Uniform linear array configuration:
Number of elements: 48
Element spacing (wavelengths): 0.25
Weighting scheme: kaiser
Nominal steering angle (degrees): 30
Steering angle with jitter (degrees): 31.376
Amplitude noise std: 0.05
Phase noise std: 0.05

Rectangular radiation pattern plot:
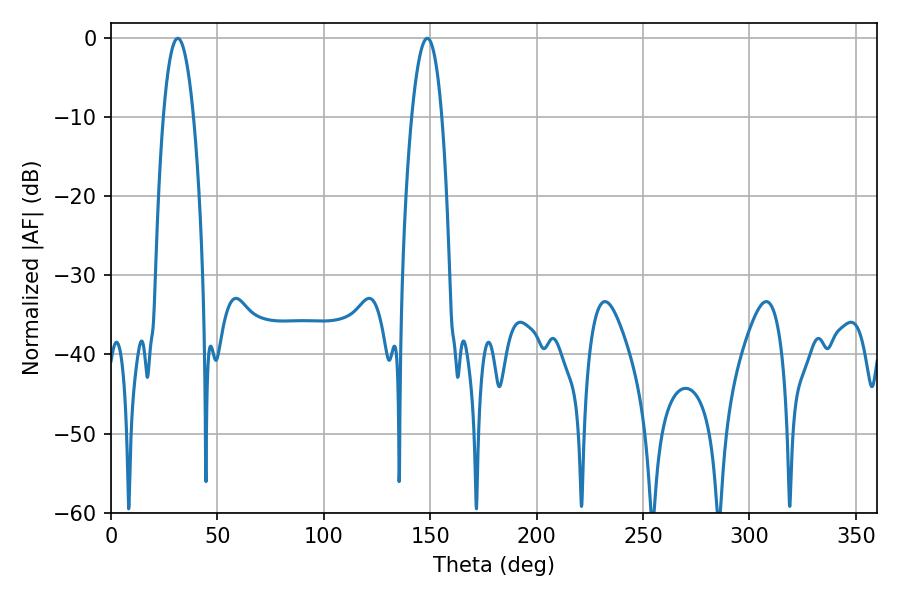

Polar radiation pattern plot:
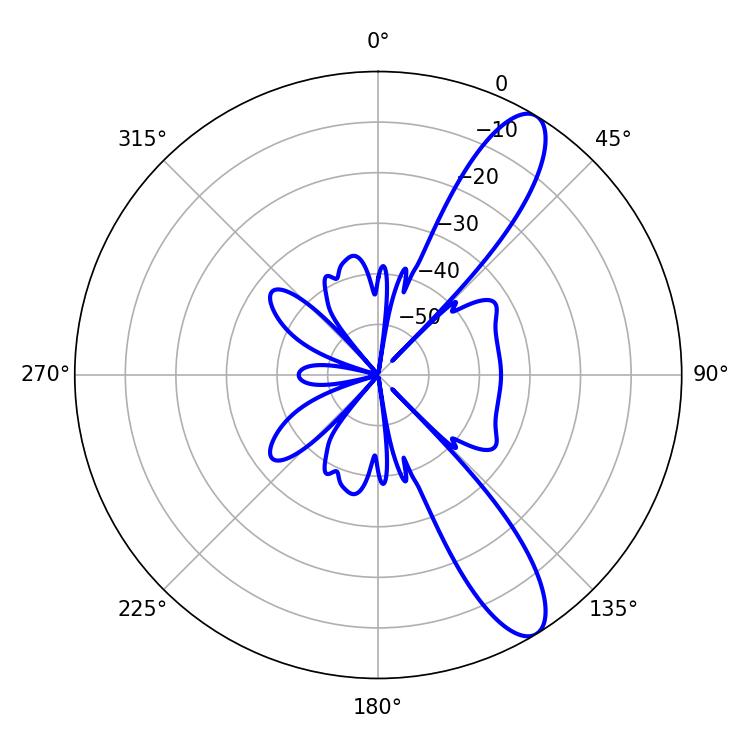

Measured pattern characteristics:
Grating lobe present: FALSE
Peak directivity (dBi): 11.145
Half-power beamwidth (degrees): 7.92
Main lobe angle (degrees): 31.32